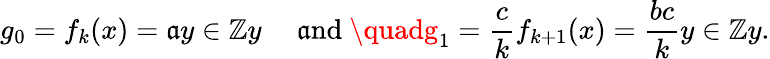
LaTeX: g_{0}=f_{k}(x)=\mathfrak{a}y\in\mathbb{{Z}}y\quad{\mathrm{{~\mathfrak{a}nd~}}}\quadg_{1}={\frac{{c}}{{k}}}f_{k+1}(x)={\frac{{bc}}{{k}}}y\in\mathbb{{Z}}y.